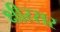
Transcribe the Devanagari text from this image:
क्षीरसर